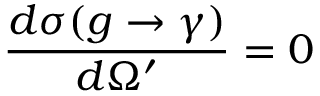
\frac { d \sigma ( g \rightarrow \gamma ) } { d \Omega ^ { \prime } } = 0